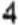
4